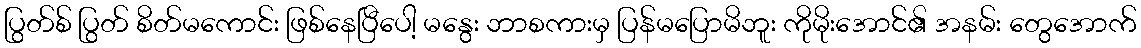
ပြွတ်စ် ပြွတ် စိတ်မကောင်း ဖြစ်နေပြီပေါ့ မနွေး ဘာစကားမှ ပြန်မပြောမိဘူး ကိုမိုးအောင်၏ အနမ်း တွေအောက်